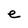
Character: e